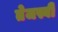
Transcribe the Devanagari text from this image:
तेजस्बी